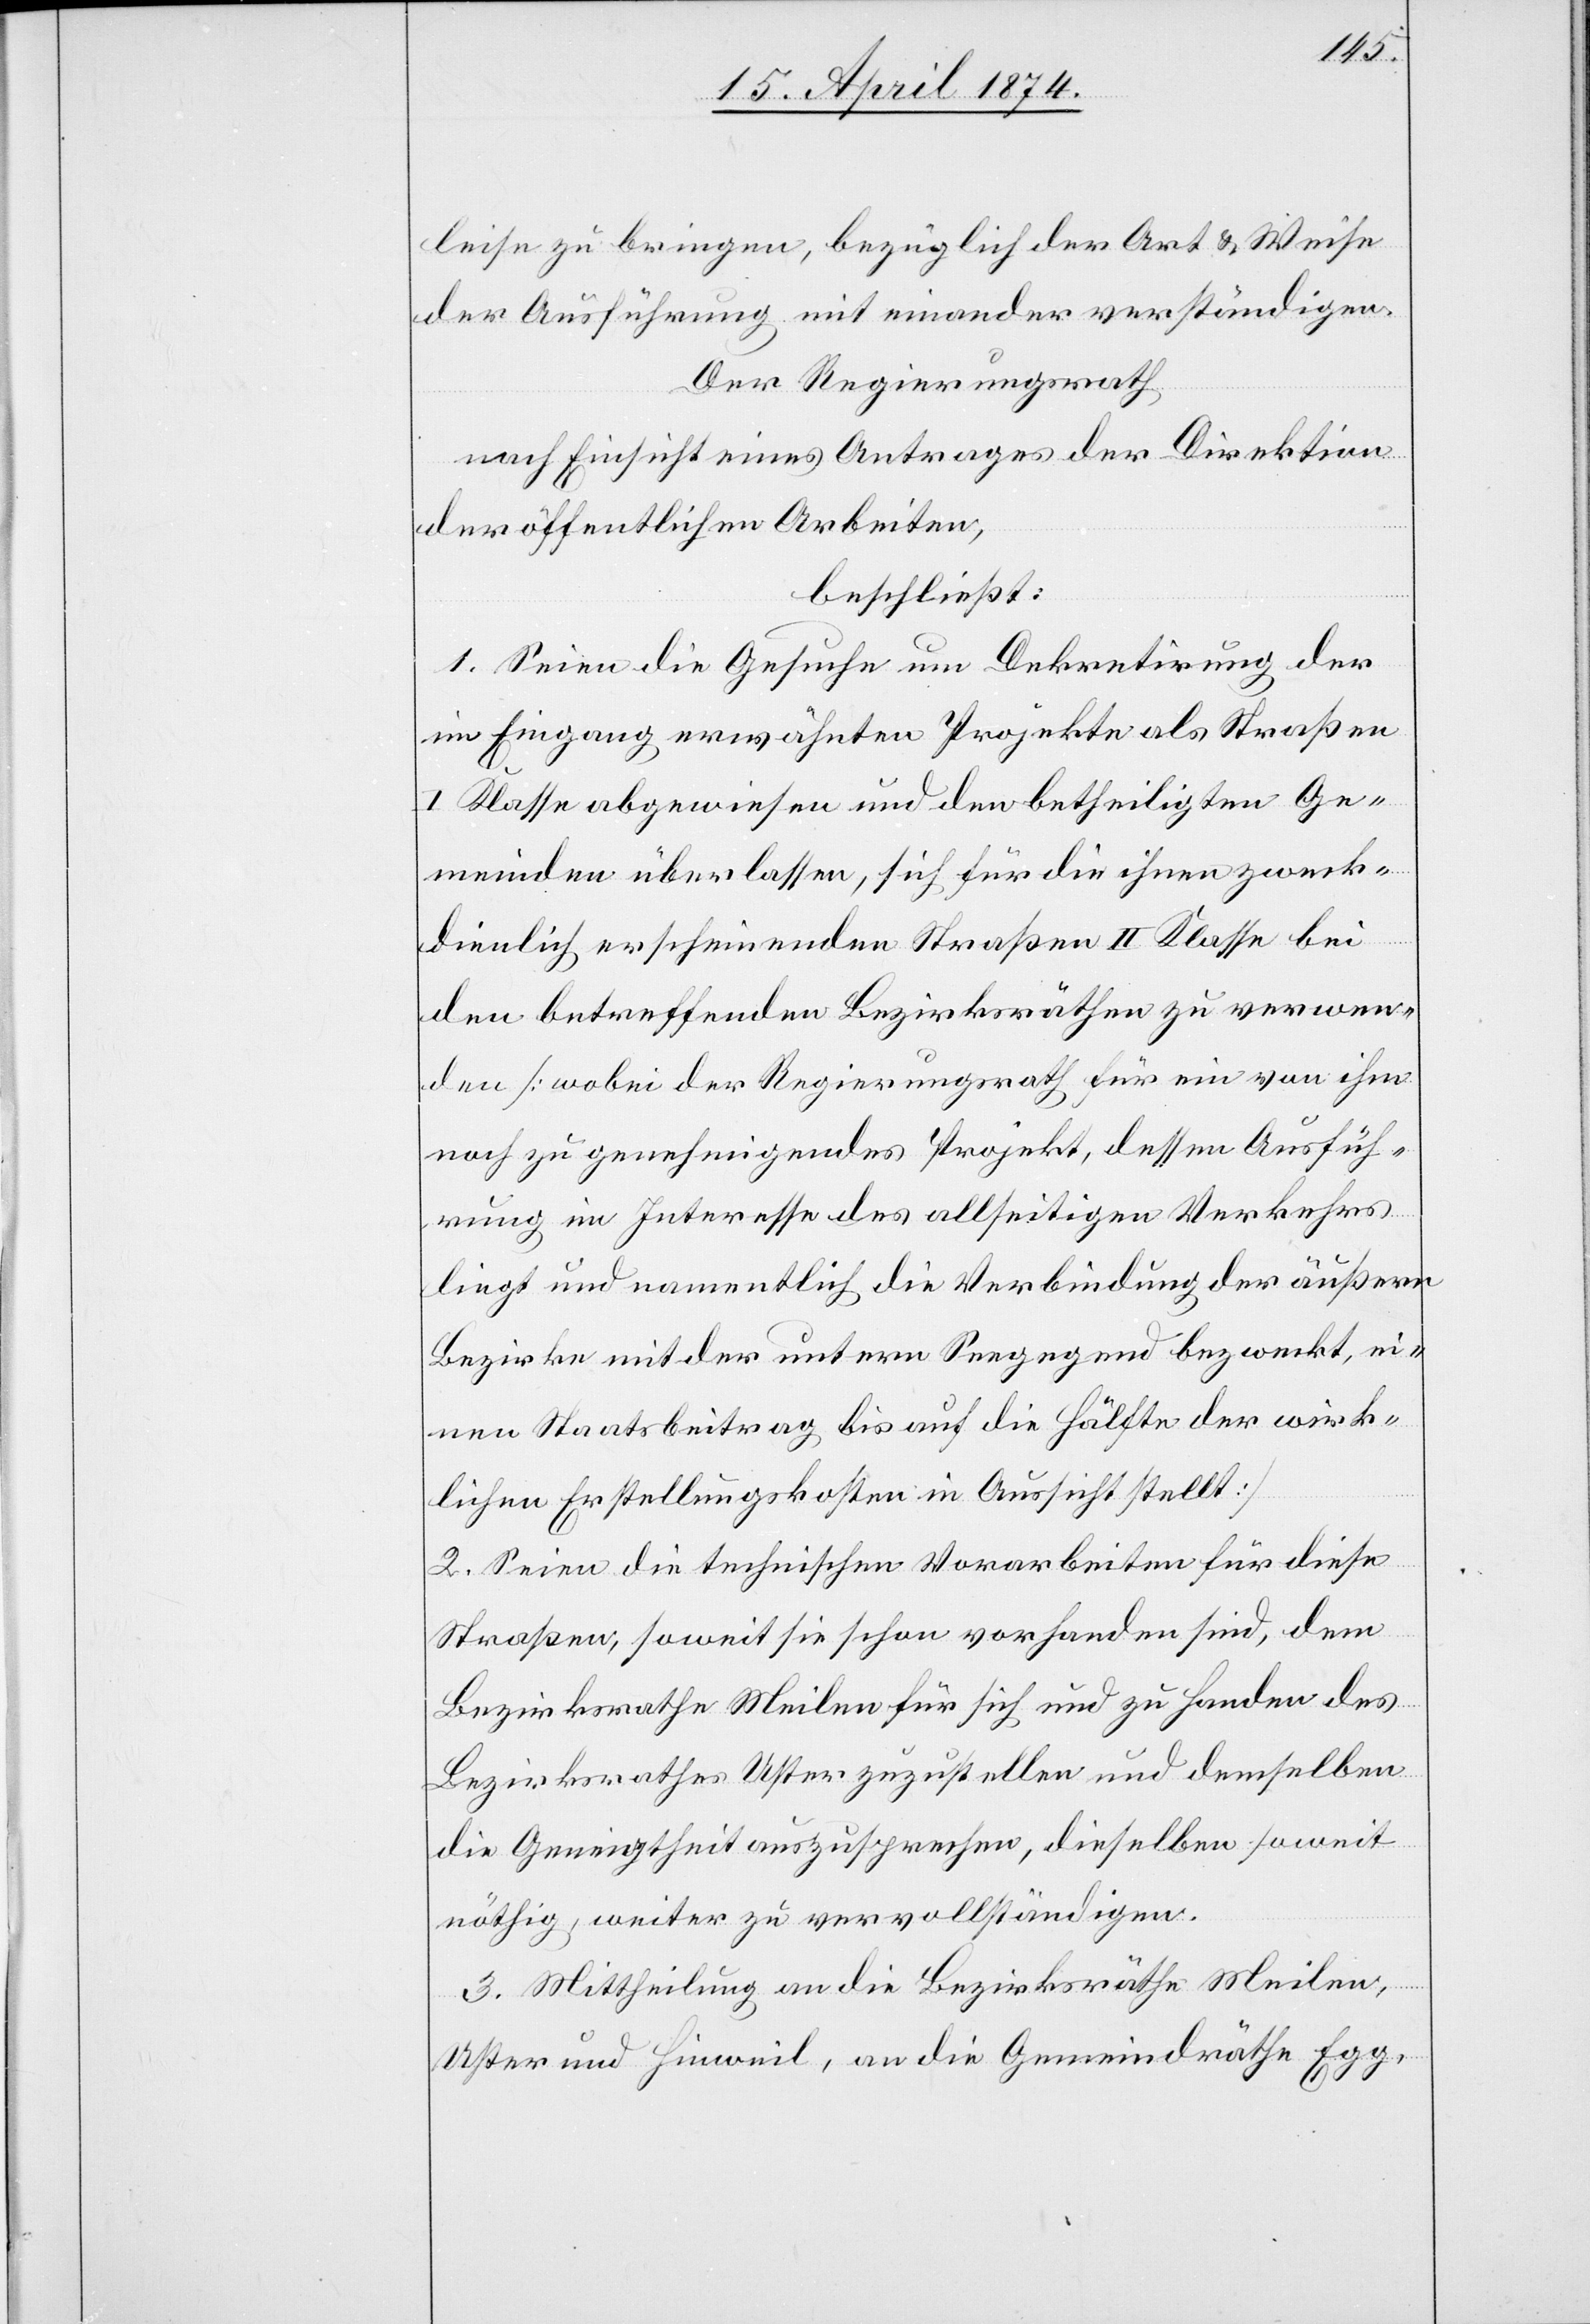
leise zu bringen, bezüglich der Art u. Weise
der Ausführung mit einander verständigen.
Der Regierungsrath
nach Einsicht eines Antrages der Direktion
der öffentlichen Arbeiten,
beschließt:
1. Seien die Gesuche um Dekretirung der
im Eingang erwähnten Projekte als Straßen
I. Klasse abgewiesen und den betheiligten Ge¬
meinden überlassen, sich für die ihnen zweck¬
dienlich erscheinenden Straßen II. Klasse bei
den betreffenden Bezirksräthen zu verwen¬
den [wobei der Regierungsrath für ein von ihm
noch zu genehmigendes Projekt, dessen Ausfüh¬
rung im Interesse des allseitigen Verkehrs
liegt und namentlich die Verbindung der äußern
Bezirke mit der untern Seegegend bezweckt, ei¬
nen Staatsbeitrag bis auf die Hälfte der wirk¬
lichen Erstellungskosten in Aussicht stellt.]
2. Seien die technischen Vorarbeiten für diese
Straßen, soweit sie schon vorhanden sind, dem
Bezirksrathe Meilen für sich und zu Handen des
Bezirksrathes Uster zuzustellen und demselben
die Geneigtheit auszusprechen, dieselben soweit
nöthig, weiter zu vervollständigen.
3. Mittheilung an die die Bezirksräthe Meilen,
Uster und Hinweil, an die Gemeindräthe Egg,